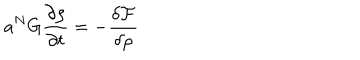
a ^ { N } G \frac { \partial \rho } { \partial t } = - \frac { \delta \mathcal { F } } { \delta \rho }